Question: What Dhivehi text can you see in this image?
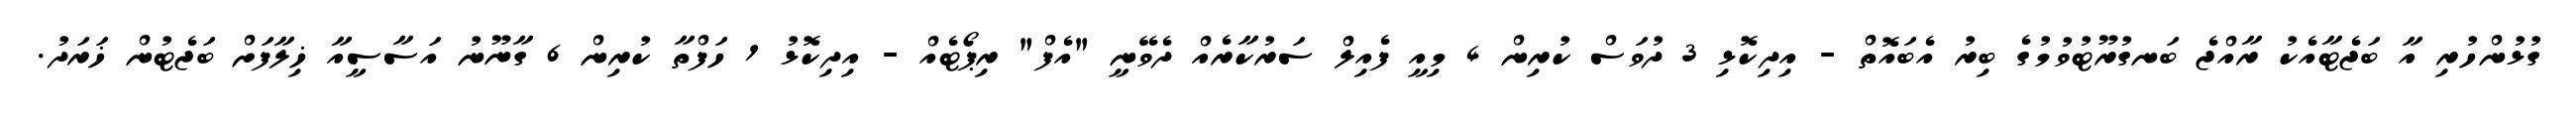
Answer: ގުޅުންހުރި އާ ބަޖެޓާއެކު ރާއްޖެ ބަނގުރޫޓުވުމުގެ ބިރު އެބައޮތް - އިދިކޮޅި 3 ދުވަސް ކުރިން 4 މިއީ ފެއިލް ސަރުކާރެއް ދެވޭނީ "އެފް" ރިޕޯޓެއް - އިދިކޮޅު 1 ހަފްތާ ކުރިން 6 ގާނޫނު އަސާސީއާ ޚިލާފަށް ބަޖެޓުން ޚަރަދު.